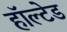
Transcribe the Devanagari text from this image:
हॉल्टेड